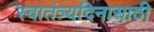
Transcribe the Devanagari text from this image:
स्वातंत्र्यदिनासाठी